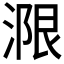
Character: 𱧭